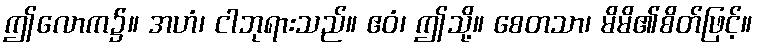
ဤလောက၌။ အဟံ၊ ငါဘုရားသည်။ ဧဝံ၊ ဤသို့။ စေတသာ၊ မိမိ၏စိတ်ဖြင့်။